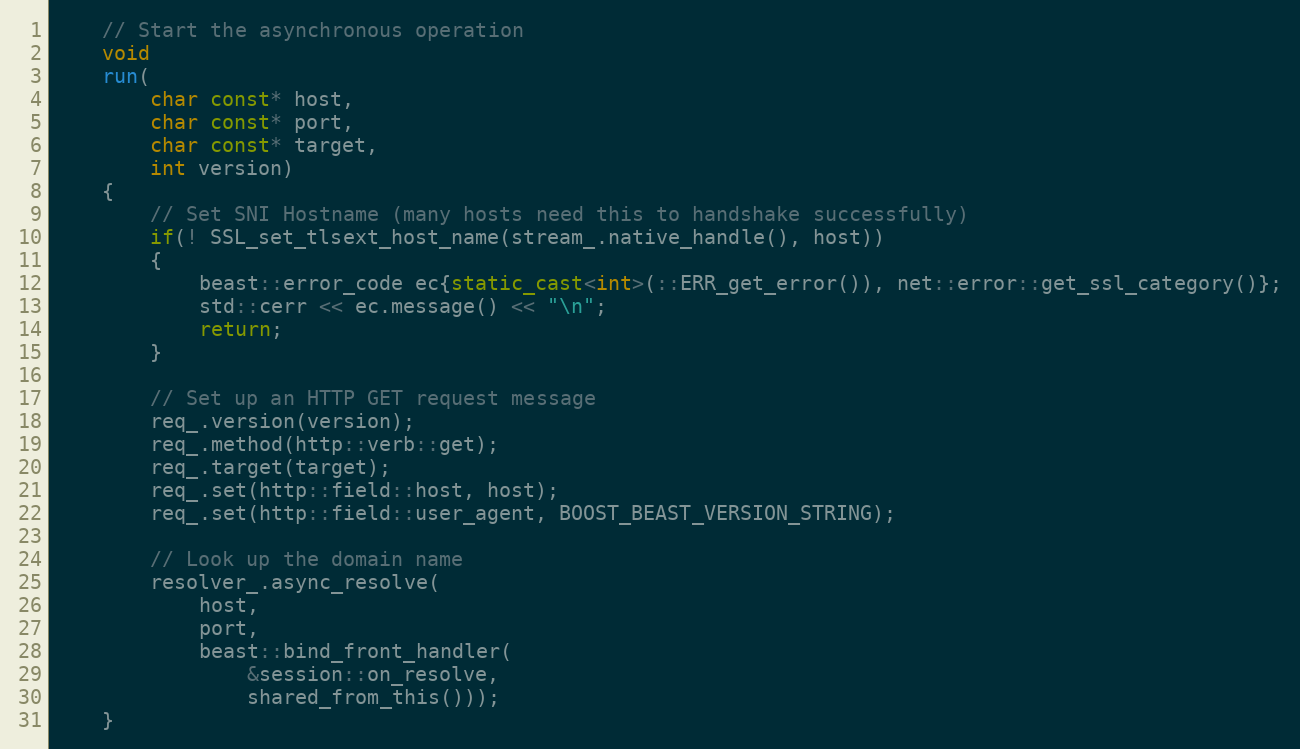
Language: C++
    // Start the asynchronous operation
    void
    run(
        char const* host,
        char const* port,
        char const* target,
        int version)
    {
        // Set SNI Hostname (many hosts need this to handshake successfully)
        if(! SSL_set_tlsext_host_name(stream_.native_handle(), host))
        {
            beast::error_code ec{static_cast<int>(::ERR_get_error()), net::error::get_ssl_category()};
            std::cerr << ec.message() << "\n";
            return;
        }

        // Set up an HTTP GET request message
        req_.version(version);
        req_.method(http::verb::get);
        req_.target(target);
        req_.set(http::field::host, host);
        req_.set(http::field::user_agent, BOOST_BEAST_VERSION_STRING);

        // Look up the domain name
        resolver_.async_resolve(
            host,
            port,
            beast::bind_front_handler(
                &session::on_resolve,
                shared_from_this()));
    }